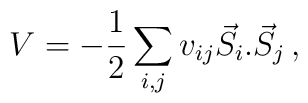
V=-\frac{1}{2}\sum_{i,j}v_{ij}\vec{S}_{i}.\vec{S}_{j}\, ,